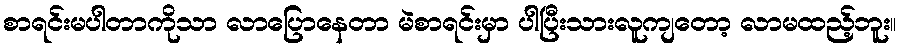
စာရင်းမပါတာကိုသာ လာပြောနေတာ မဲစာရင်းမှာ ပါပြီးသားလူကျတော့ လာမထည့်ဘူး။